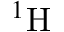
{ } ^ { 1 } \mathrm { H }